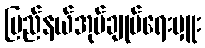
ပြည်နယ်အုပ်ချုပ်ရေးမှူး